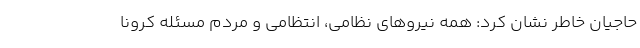
حاجیان خاطر نشان کرد: همه نیروهای نظامی، انتظامی و مردم مسئله کرونا